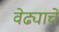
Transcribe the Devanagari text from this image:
वेढ्याचे